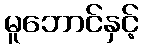
မူဘောင်နှင့်